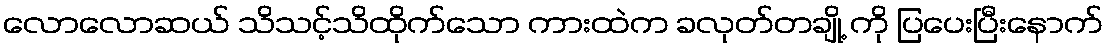
လောလောဆယ် သိသင့်သိထိုက်သော ကားထဲက ခလုတ်တချို့ ကို ပြပေးပြီးနောက်